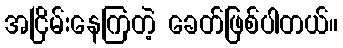
အငြိမ်းနေကြတဲ့ ခေတ်ဖြစ်ပါတယ်။